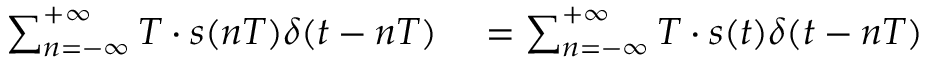
\begin{array} { r l } { \sum _ { n = - \infty } ^ { + \infty } T \cdot s ( n T ) \delta ( t - n T ) } & { { } = \sum _ { n = - \infty } ^ { + \infty } T \cdot s ( t ) \delta ( t - n T ) } \end{array}